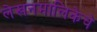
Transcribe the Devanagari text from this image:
लेखनमालिकेचे